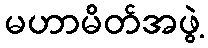
မဟာမိတ်အဖွဲ့